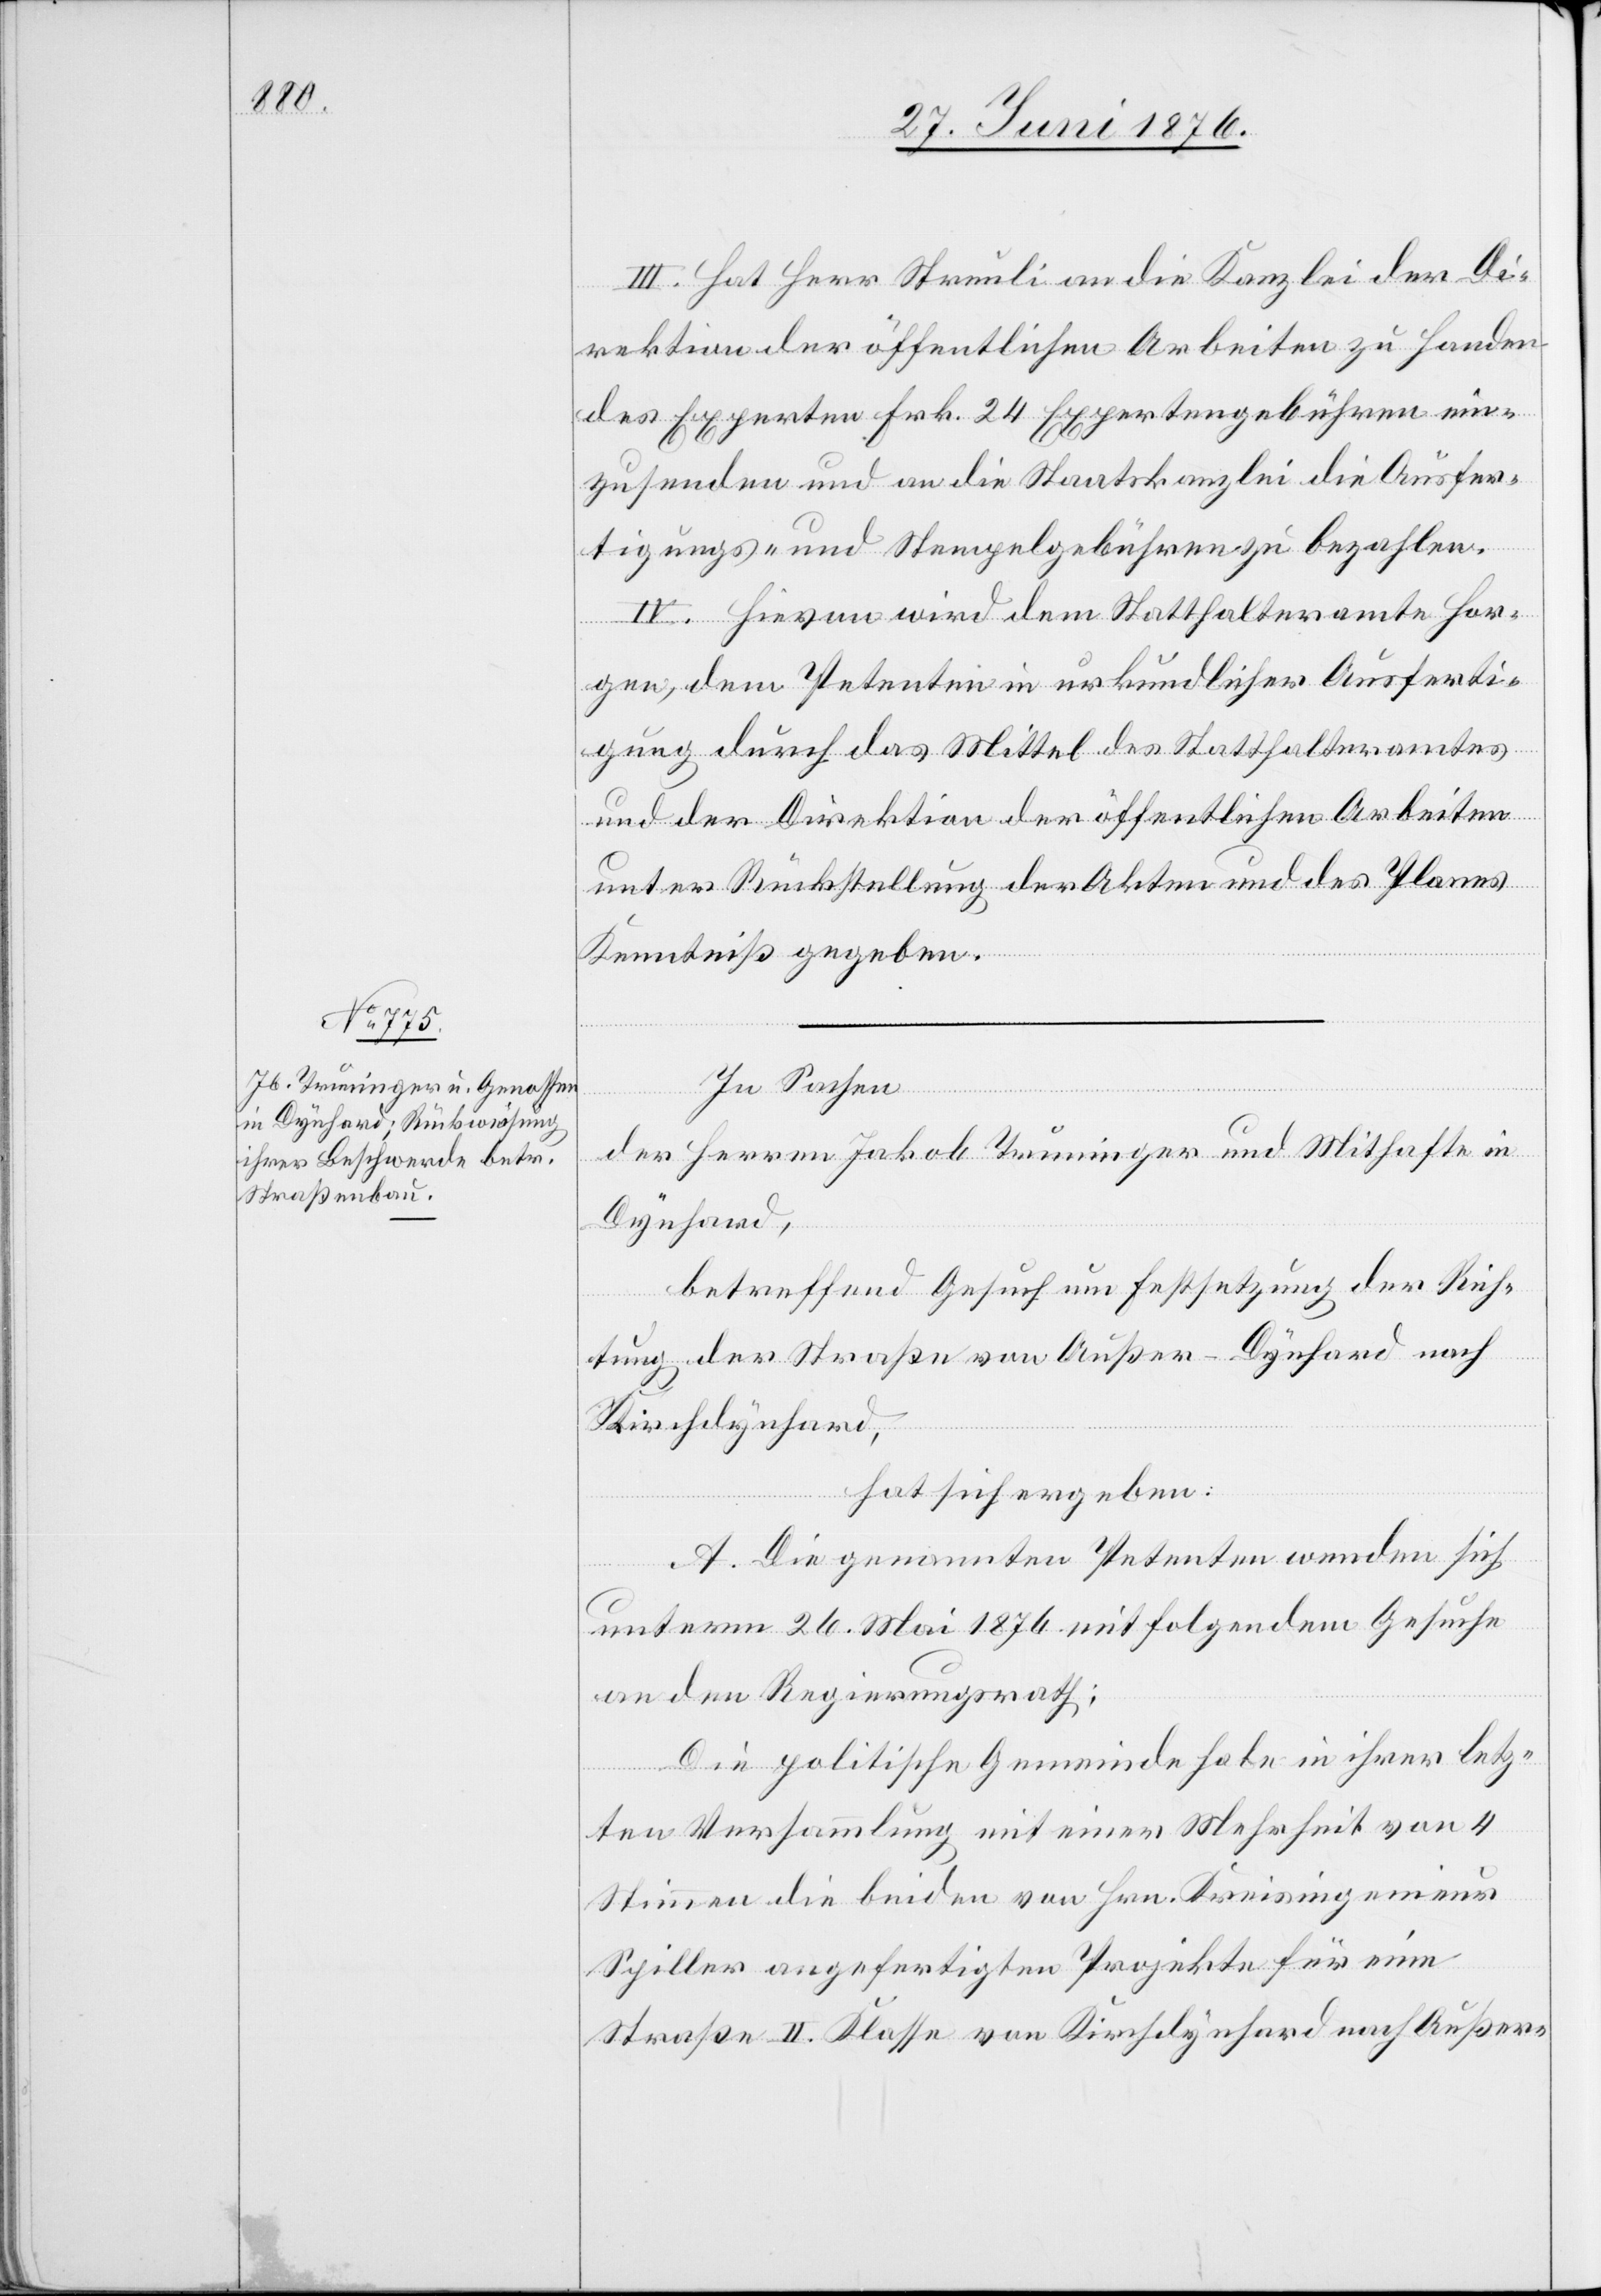
III. Hat Herr Streuli an die Kanzlei der Di¬
rektion der öffentlichen Arbeiten zu Handen
des Experten Frk. 24 Expertengebühren ein¬
zusenden und an die Staatskanzlei die Ausfer¬
tigungs- und Stempelgebühren zu bezahlen.
IV. Hievon wird dem Statthalteramte Hor¬
gen, dem Petenten in urkundlicher Ausferti¬
gung durch das Mittel des Statthalteramtes
und der Direktion der öffentlichen Arbeiten
unter Rückstellung der Akten und des Planes
Kenntniß gegeben.
In Sachen
der Herren Jakob Truninger und Mithafte in
Dynhard,
betreffend Gesuch um Festsetzung der Rich¬
tung der Straße von Außer-Dynhard nach
Kirchdynhard,
hat sich ergeben:
A. Die genannten Petenten wenden sich
unterm 26. Mai 1876 mit folgendem Gesuche
an den Regierungsrath:
Die politische Gemeinde habe in ihrer letz¬
ten Versammlung mit einer Mehrheit von 4
Stimmen die beiden von Hrn. Kreisingenieur
Spiller angefertigten Projekte für eine
Straße II. Klasse von Kirchdynhard nach Außer-